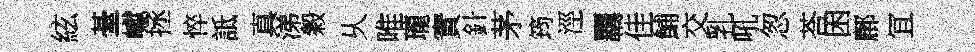
絃䑓巘拯悴詆真涕穀乆唯瓏實針茅筠涇覊佳鯆交乳吼怱荅困鄜冝